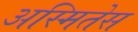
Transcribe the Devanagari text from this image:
अस्मितेस